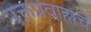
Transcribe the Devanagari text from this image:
रक्तप्रवाहाचे